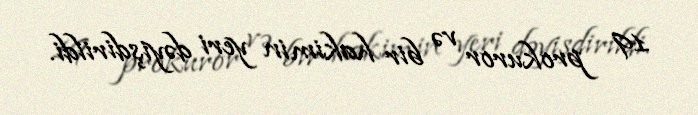
19 prokuror və bir hakimin yeri dəyişdirildi.